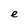
Character: e